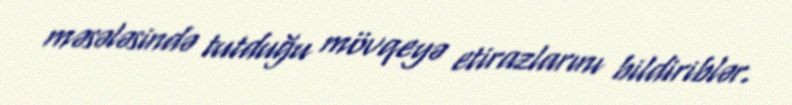
məsələsində tutduğu mövqeyə etirazlarını bildiriblər.